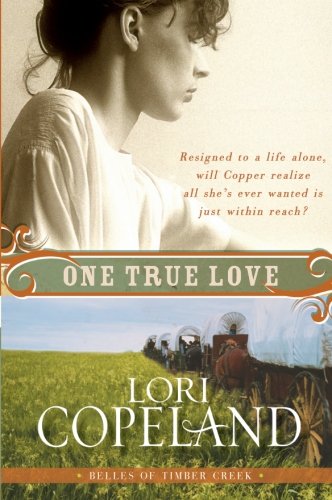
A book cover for One True Love (Belles of Timber Creek); Zondervan; Religion & Spirituality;